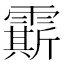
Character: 𩅰